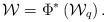
LaTeX: \begin{align*}\mathcal{W}=\Phi^*\left(\mathcal{W}_q\right).\end{align*}